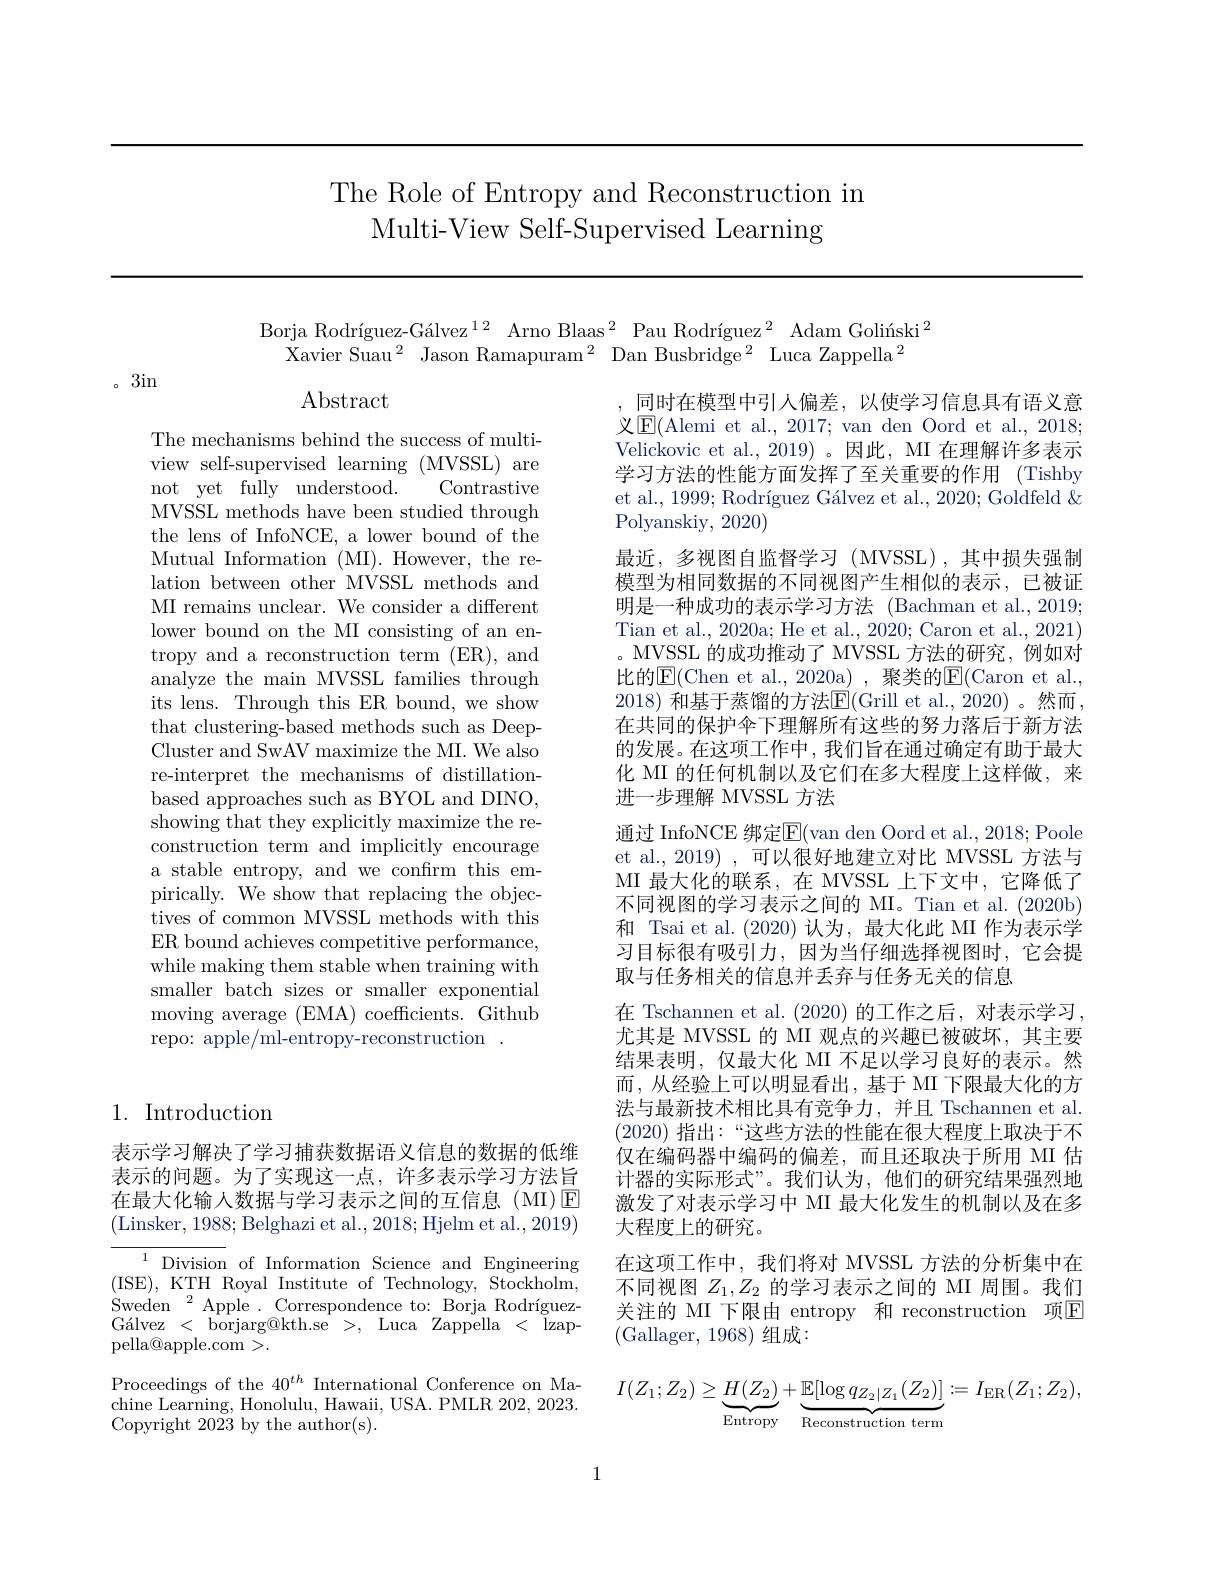
The Role of Entropy and Reconstruction in
Multi-View Self-Supervised Learning

Borja Rodríguez-Gálvez$^{12}$ Arno Blaas$^{2}$ Pau Rodríguez$^{2}$ Adam Goliíski$^{2}$
Xavier Suau$^2$ Jason Ramapuram$^2$ Dan Busbridge$^2$ Luca Zappella$^2$

。3in

$\operatorname{Abstract}$

The mechanisms behind the success of multiview self-supervised learning (MVSSL) are not yet fully understood.
Contrastive
MVSSL methods have been studied through the lens of InfoNCE, a lower bound of the Mutual Information (MI). However, the relation between other MVSSL methods and MI remains unclear. We consider a different lower bound on the MI consisting of an entropy and a reconstruction term (ER), and analyze the main MVSSL families through its lens. Through this ER bound, we show that clustering-based methods such as DeepCluster and SwAV maximize the MI. We also re-interpret the mechanisms of distillationbased approaches such as BYOL and DINO, showing that they explicitly maximize the reconstruction term and implicitly encourage a stable entropy, and we confirm this empirically. We show that replacing the objectives of common MVSSL methods with this ER bound achieves competitive performance, while making them stable when training with smaller batch sizes or smaller exponential moving average (EMA) coefficients. Github repo: apple/ml-entropy-reconstruction

同时在模型中引人偏差，以使学习信息具有语义意义$\boxed{\mathrm{E}}($Alemi et al., 2017; van den Oord et al., 2018; Velickovic et al., 2019)。因此，MI 在理解许多表示学习方法的性能方面发挥了至关重要的作用 (Tishby et al., 1999; Rodríguez Gálvez et al., 2020; Goldfeld & Polyanskiy, 2020)
最近，多视图自监督学习(MVSSL),其中损失强制模型为相同数据的不同视图产生相似的表示，已被证明是一种成功的表示学习方法 (Bachman et al.,2019; Tian et al., 2020a; He et al., 2020; Caron et al., 2021) 。MVSSL 的成功推动了 MVSSL 方法的研究，例如对比的$\overline{\mathrm{E}}($Chen et al.,2020a),聚类的$\overline{\mathrm{E}}($Caron et al. 2018) 和基于蒸馏的方法$\overline{\mathbb{E}}($Grill et al., 2020)。然而在共同的保护伞下理解所有这些的努力落后于新方法的发展。在这项工作中，我们旨在通过确定有助于最大化 MI 的任何机制以及它们在多大程度上这样做，来进一步理解 MVSSL 方法
通过 InfoNCE 绑定$\overline{\mathrm{E}}($van den Oord et al., 2018; Poole et al., 2019) , 可以很好地建立对比 MVSSL 方法与MI 最大化的联系，在 MVSSL 上下文中，它降低了不同视图的学习表示之间的 MI。Tian et al. (2020b) 和 Tsai et al. (2020) 认为，最大化此 MI 作为表示学习目标很有吸引力，因为当仔细选择视图时，它会提取与任务相关的信息并丢弃与任务无关的信息
在 Tschannen et al.(2020) 的工作之后，对表示学习， 尤其是 MVSSL 的 MI 观点的兴趣已被破坏，其主要结果表明，仅最大化 MI 不足以学习良好的表示。然而，从经验上可以明显看出，基于 MI 下限最大化的方法与最新技术相比具有竞争力，并且 Tschannen et al. (2020)指出：“这些方法的性能在很大程度上取决于不仅在编码器中编码的偏差，而且还取决于所用 MI 估计器的实际形式”。我们认为，他们的研究结果强烈地激发了对表示学习中 MI 最大化发生的机制以及在多大程度上的研究。
在这项工作中，我们将对 MVSSL 方法的分析集中在不同视图$Z_1,Z_2$的学习表示之间的 MI 周围。我们关注的 MI 下限由 entropy 和 reconstruction 项E (Gallager, 1968) 组成：
$I(Z_{1};Z_{2})\geq\underbrace{H(Z_{2})}_{\mathrm{Entromu}}+\underbrace{\mathbb{E}[\log q_{Z_{2}|Z_{1}}(Z_{2})]}_{\mathrm{Pred}}:=I_{\mathrm{ER}}(Z_{1};Z_{2})$,

## 1. Introduction

表示学习解决了学习捕获数据语义信息的数据的低维表示的问题。为了实现这一点，许多表示学习方法旨在最大化输入数据与学习表示之间的互信息(MI)E (Linsker, 1988; Belghazi et al., 2018; Hjelm et al., 2019)

${\overline {{{^{1}}}}}{{{\mathrm{Division}}}}$ of Information Science and Engineering (ISE), KTH Royal Institute of Technology, Stockholm, Sweden$\:^2$Apple.Correspondence to:Borja RodríguezGálvez < borjarg@kth.se >, Luca Zappella < Izappella@apple.com>.

Proceedings of the $40^{th}$ International Conference on Machine Learning, Honolulu, Hawaii, USA. PMLR 202, 2023. Copyright 2023 by the author(s).

1